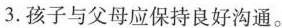
3.孩子与父母应保持良好沟通。